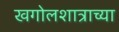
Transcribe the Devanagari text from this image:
खगोलशात्राच्या